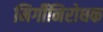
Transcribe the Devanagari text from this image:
मिर्गीनिरोधक